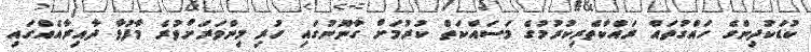
ކުޑަކުދިންގެ ހައްގުތައް ރައްކާތެރިކުރުމުގެ މަސައްކަތް ކުރުމަށް ގާނޫނުގައި ހުރި މިންވަރަށްވުރެ މާފުޅާ ދާއިރާއެއްގައި